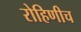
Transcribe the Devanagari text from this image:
रोहिणीच